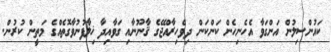
ކައުންސިލުން އަންގަވާ އެހެނިހެން ކަންކަން ދިވެހިރާއްޖޭގެ ޤާނޫނާއި ގަވާއިދާ ޚިލާފުނުވާގޮތެއްގެ މަތީން ކުރުން.